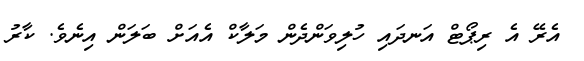
އެރޭ އެ ރިޕޯޓް އަނދައި ހުލިވަންދެން މަލާކް އެއަށް ބަލަން އިނެވެ. ކާރު